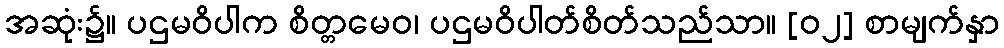
အဆုံး၌။ ပဌမဝိပါက စိတ္တမေဝ၊ ပဌမဝိပါတ်စိတ်သည်သာ။ [၀၂] စာမျက်နှာ